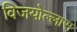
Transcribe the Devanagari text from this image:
विजयोल्लास